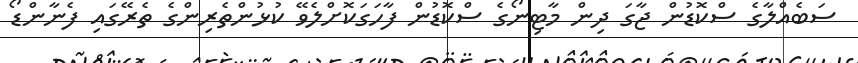
ސަބެއްލާގެ ސްކޮޑުން ޖާގަ ދިން މާޓިނޯގެ ސްކޮޑުން ފާހަގަކޮށްލެވޭ ކުޅުންތެރިންގެ ތެރޭގައި ފެނާންޑޯ